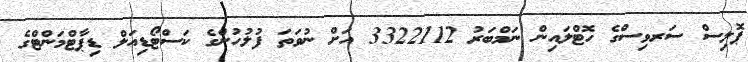
ޕޮލިސް ސަރވިސްގެ ހޮޓްލައިން ނަމްބަރު 3322112 އަށް ނުވަތަ ފުލުހުންގެ ކަސްޓޯޑިއަލް ޑިޕާޓްމަންޓްގެ